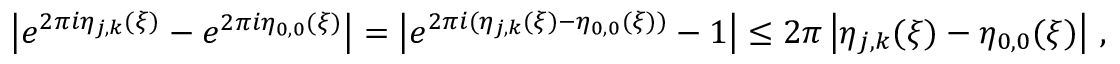
\left\vert e ^ { 2 \pi i \eta _ { j , k } ( \boldsymbol { \xi } ) } - e ^ { 2 \pi i \eta _ { 0 , 0 } ( \boldsymbol { \xi } ) } \right\vert = \left\vert e ^ { 2 \pi i ( \eta _ { j , k } ( \boldsymbol { \xi } ) - \eta _ { 0 , 0 } ( \boldsymbol { \xi } ) ) } - 1 \right\vert \leq 2 \pi \left\vert \eta _ { j , k } ( \boldsymbol { \xi } ) - \eta _ { 0 , 0 } ( \boldsymbol { \xi } ) \right\vert \, ,